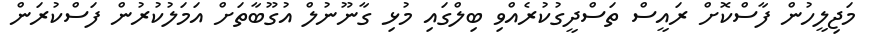
މަޖިލީހުން ފާސްކޮށް ރައީސް ތަސްދީގުކުރެއްވި ބިލްގައި މުޅި ގާނޫނުލް އުގޫބާތަށް އަމަލުކުރުން ފަސްކުރަން